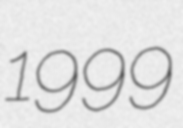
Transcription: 1999